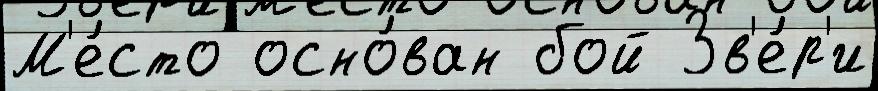
М'е́сто осно́ван бой Зв'е́р'и